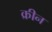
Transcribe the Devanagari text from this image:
क्रीन